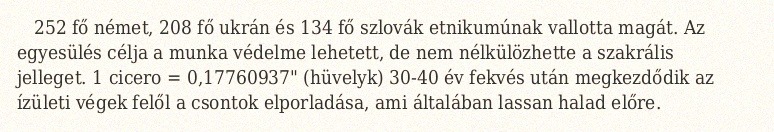
252 fő német, 208 fő ukrán és 134 fő szlovák etnikumúnak vallotta magát. Az egyesülés célja a munka védelme lehetett, de nem nélkülözhette a szakrális jelleget. 1 cicero = 0,17760937" (hüvelyk) 30-40 év fekvés után megkezdődik az ízületi végek felől a csontok elporladása, ami általában lassan halad előre.